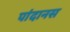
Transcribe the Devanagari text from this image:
पांदानस